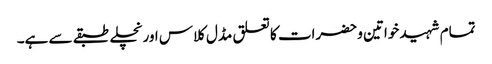
تمام شہید خواتین و حضرات کا تعلق مڈل کلاس اور نچلے طبقے سے ہے۔